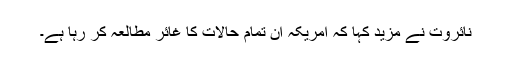
نائروت نے مزید کہا کہ امریکہ ان تمام حالات کا غائر مطالعہ کر رہا ہے۔